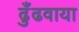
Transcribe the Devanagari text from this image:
ढुँढवाया